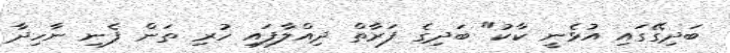
ބަދިގޭގައި އުޅެނީ ކާކު" ބަދިގެ ފަރާތް ދިއްލާފައި ހުރި ތަން ފެނި ނާހިދާ